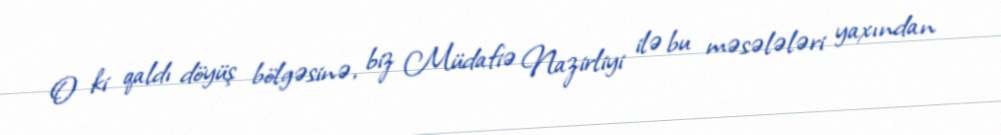
O ki qaldı döyüş bölgəsinə, biz Müdafiə Nazirliyi ilə bu məsələləri yaxından